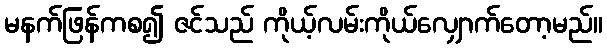
မနက်ဖြန်ကစ၍ ဇင်သည် ကိုယ့်လမ်းကိုယ်လျှောက်တော့မည်။